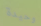
وحيدة